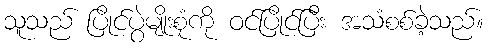
သူသည် ပြိုင်ပွဲမျိုးစုံကို ဝင်ပြိုင်ပြီး အသံစစ်ခဲ့သည်။